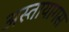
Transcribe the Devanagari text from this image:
अस्तायागस